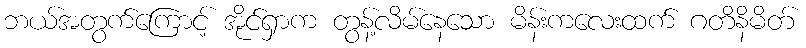
ဘယ်အတွက်ကြောင့် အိုင်ရှာက တွန့်လိမ်နေသော မိန်းကလေးထက် ဂတိနိမိတ်